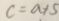
c = a + 5